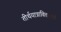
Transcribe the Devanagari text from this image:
तीर्थयात्राविवाहार्थ